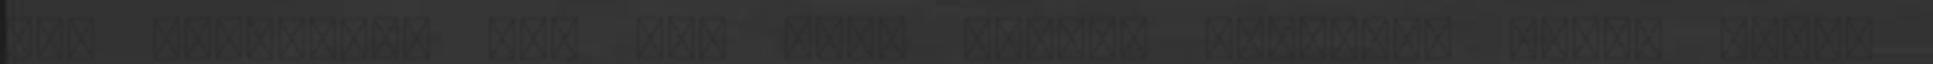
így történhet meg az, hogy szinte teljesen vakok azzal